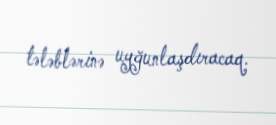
tələblərinə uyğunlaşdıracaq.